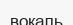
вокаль